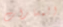
المسارات